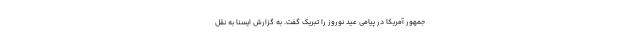
جمهور آمریکا در پیامی عید نوروز را تبریک گفت. به گزارش ایسنا به نقل